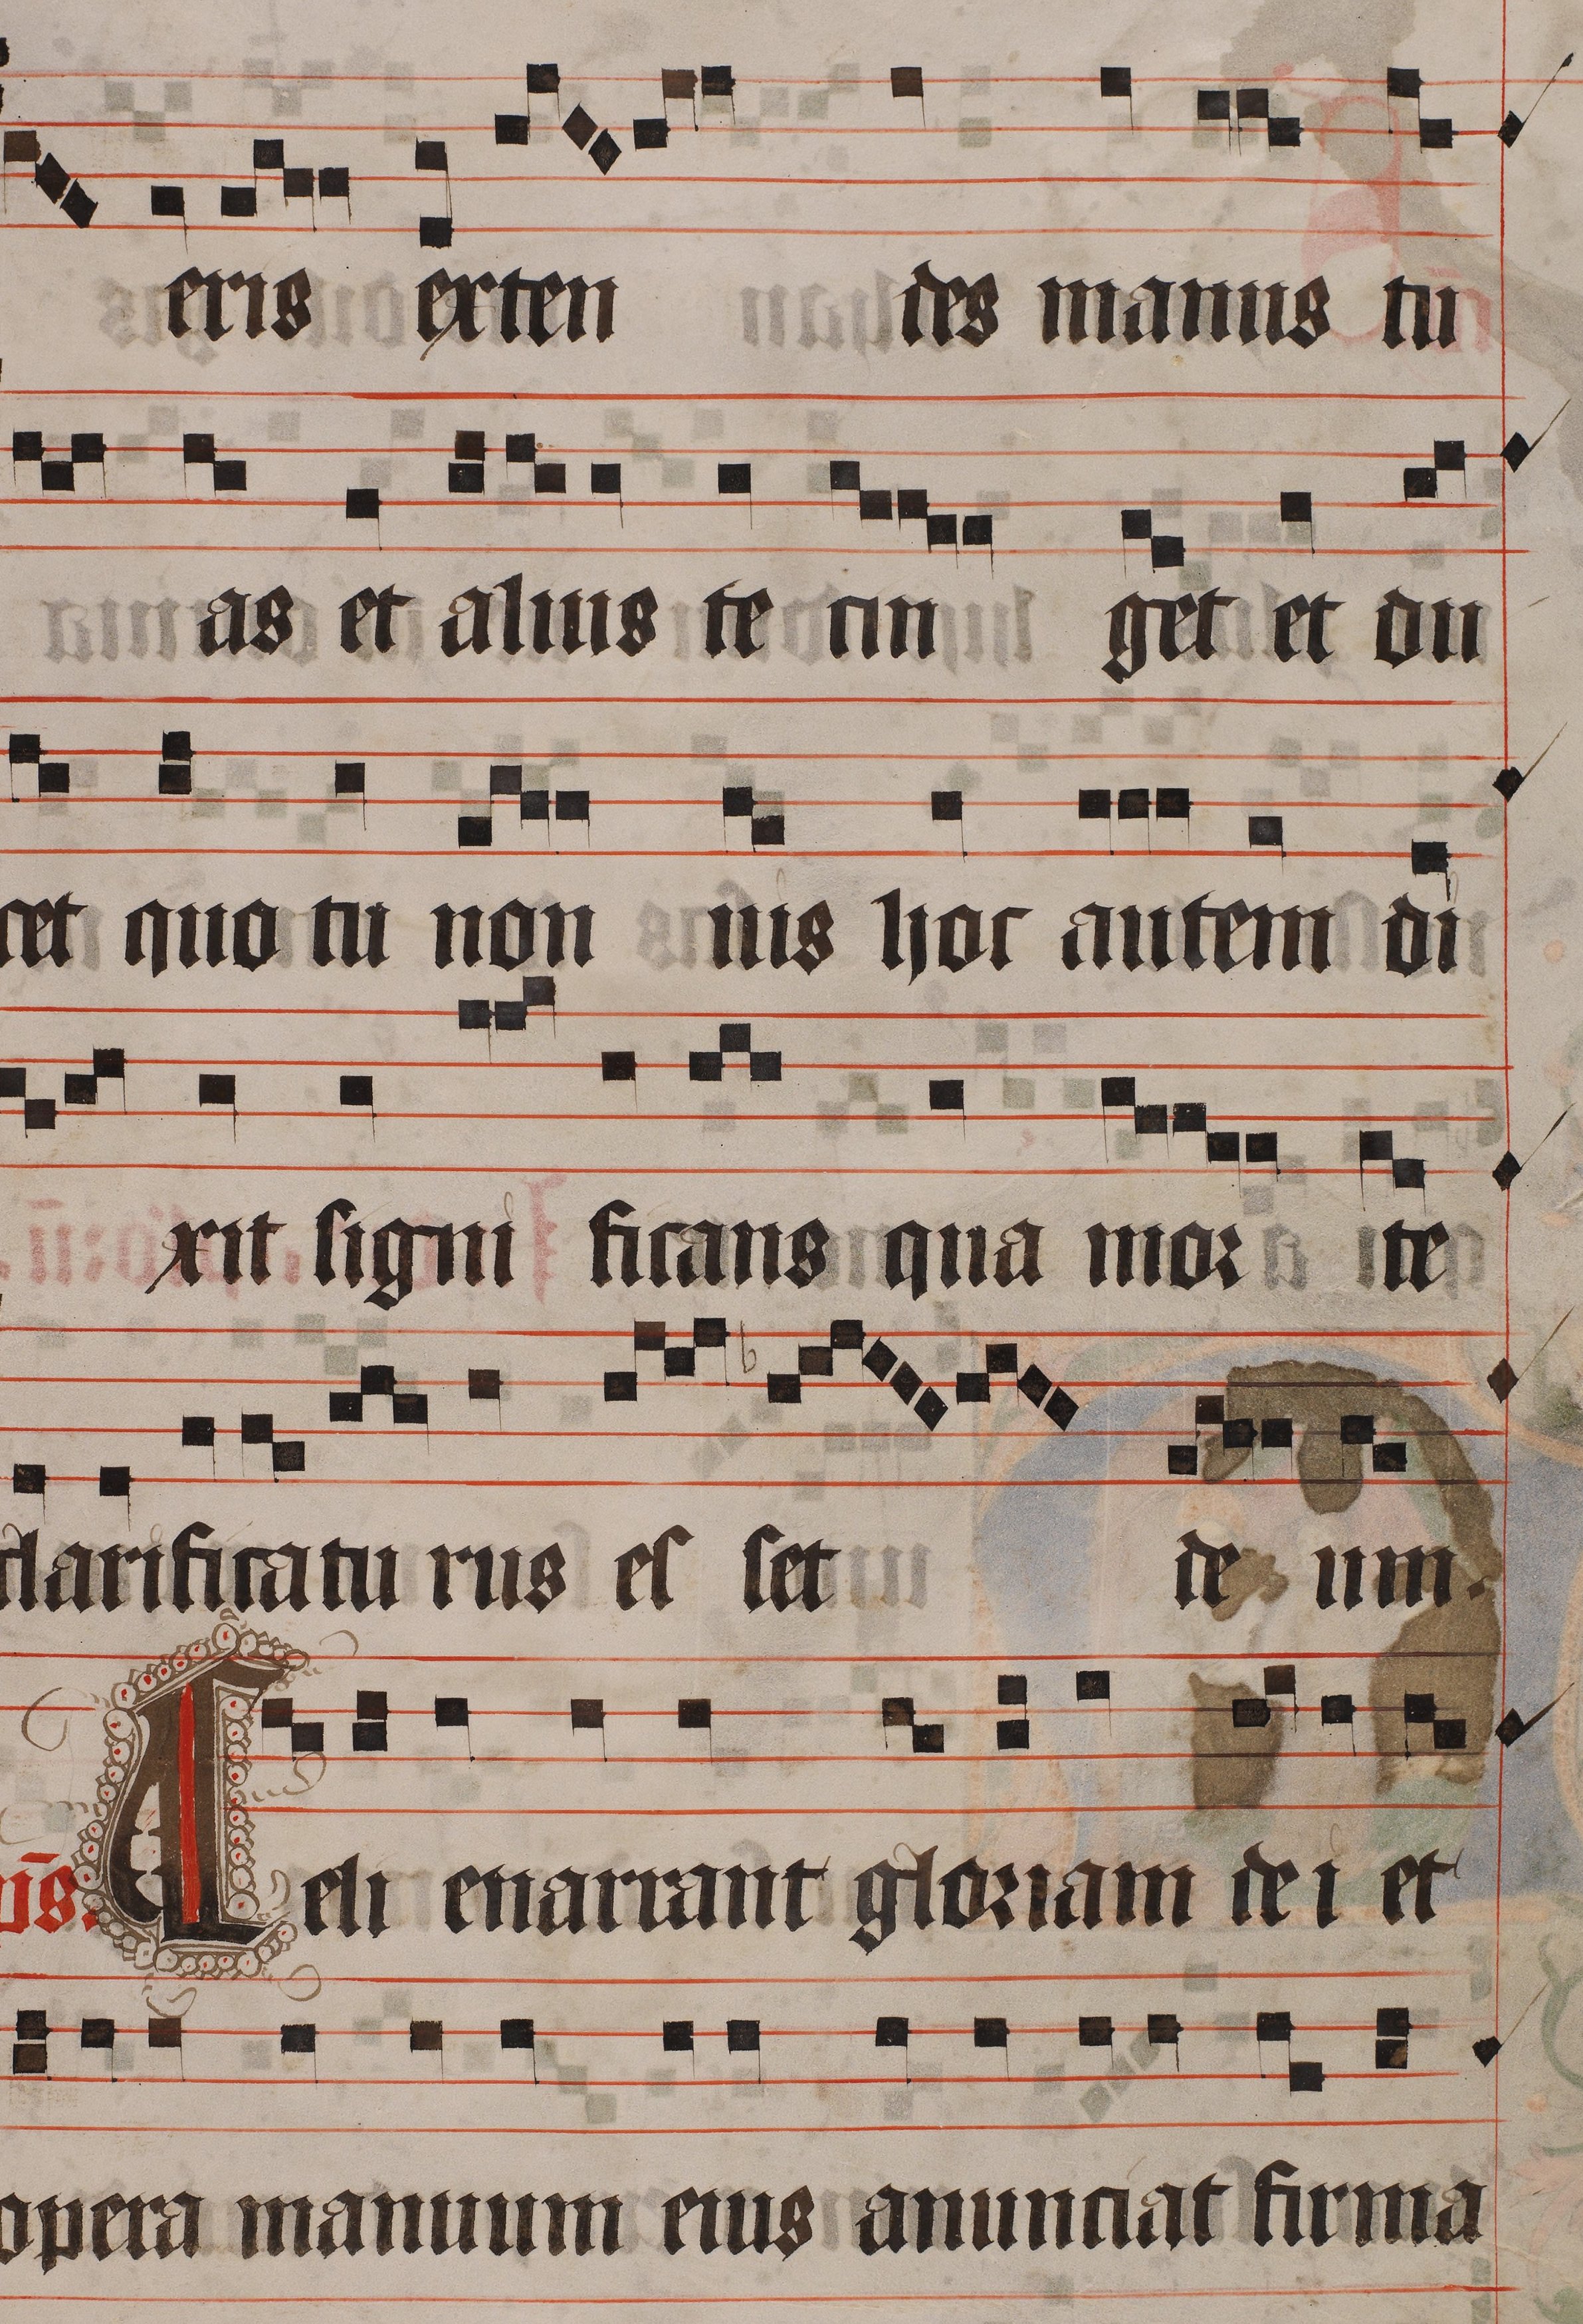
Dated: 1445–1475